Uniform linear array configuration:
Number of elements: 12
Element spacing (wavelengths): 0.75
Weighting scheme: hann
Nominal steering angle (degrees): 45
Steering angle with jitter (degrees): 44.773
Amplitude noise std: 0.05
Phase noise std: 0.05

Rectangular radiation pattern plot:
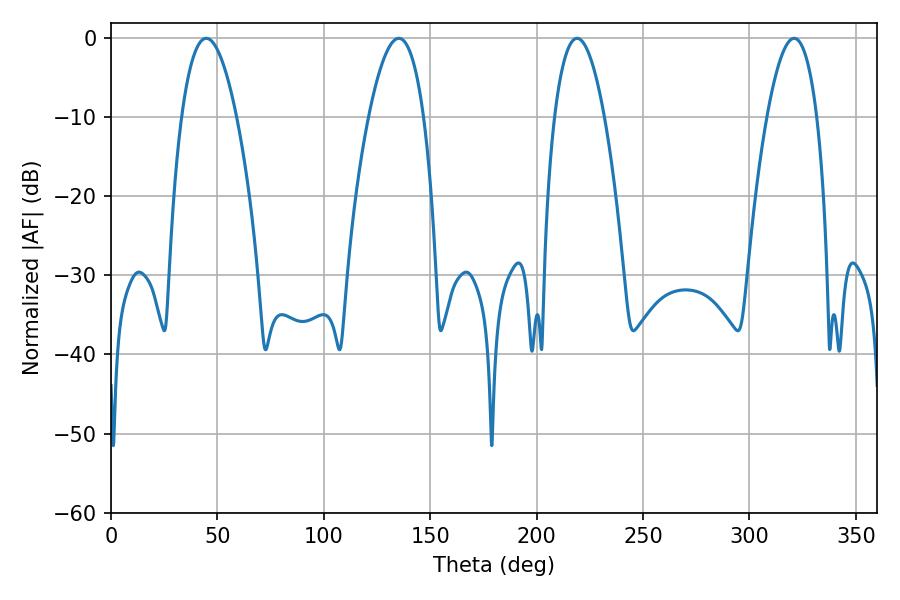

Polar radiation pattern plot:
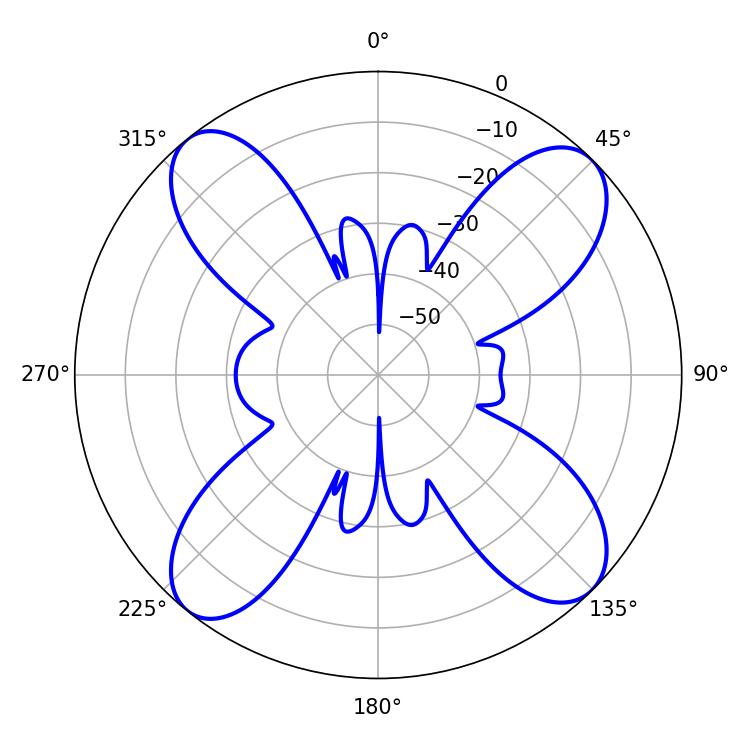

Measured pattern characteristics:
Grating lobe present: TRUE
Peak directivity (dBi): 14.538
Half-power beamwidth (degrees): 14.4
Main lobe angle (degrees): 44.82